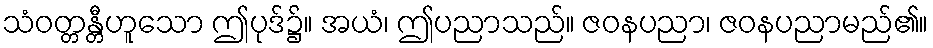
သံဝတ္တန္တီဟူသော ဤပုဒ်၌။ အယံ၊ ဤပညာသည်။ ဇဝနပညာ၊ ဇဝနပညာမည်၏။